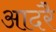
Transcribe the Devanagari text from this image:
आदरै